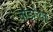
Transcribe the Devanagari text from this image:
वॉर्डाच्या